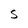
Character: S